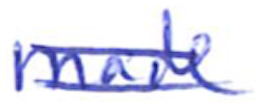
Text: made
Cross-out: double-line
Writing tool: ballpoint